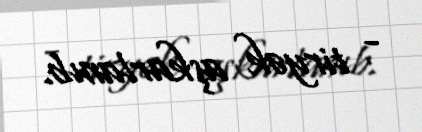
- tiryək aşkarlanıb.